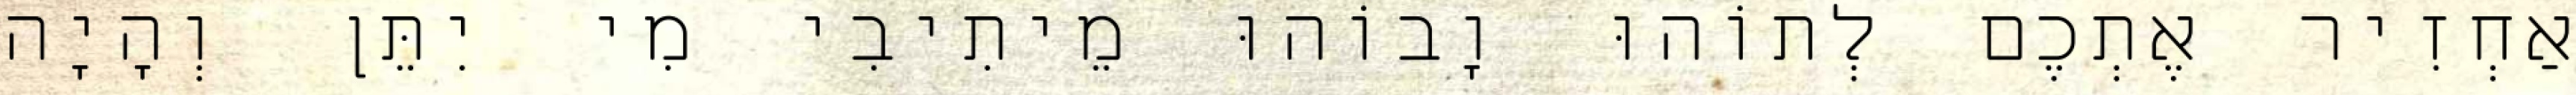
אַחְזִיר אֶתְכֶם לְתוֹהוּ וָבוֹהוּ מֵיתִיבִי מִי יִתֵּן וְהָיָה